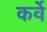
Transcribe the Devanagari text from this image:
कर्वेे